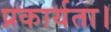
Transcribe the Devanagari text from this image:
प्रकार्यता।